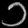
Digit: ၁